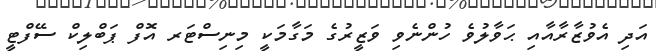
އަދި އެވުޒާރާއާއި ޙަވާލުވެ ހުންނެވި ވަޒީރުގެ މަގާމަކީ މިނިސްޓަރ އޮފް ޕަބްލިކް ސޭފްޓީ